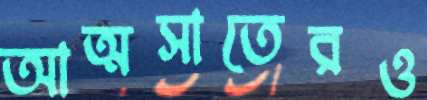
আত্মসাতেরও